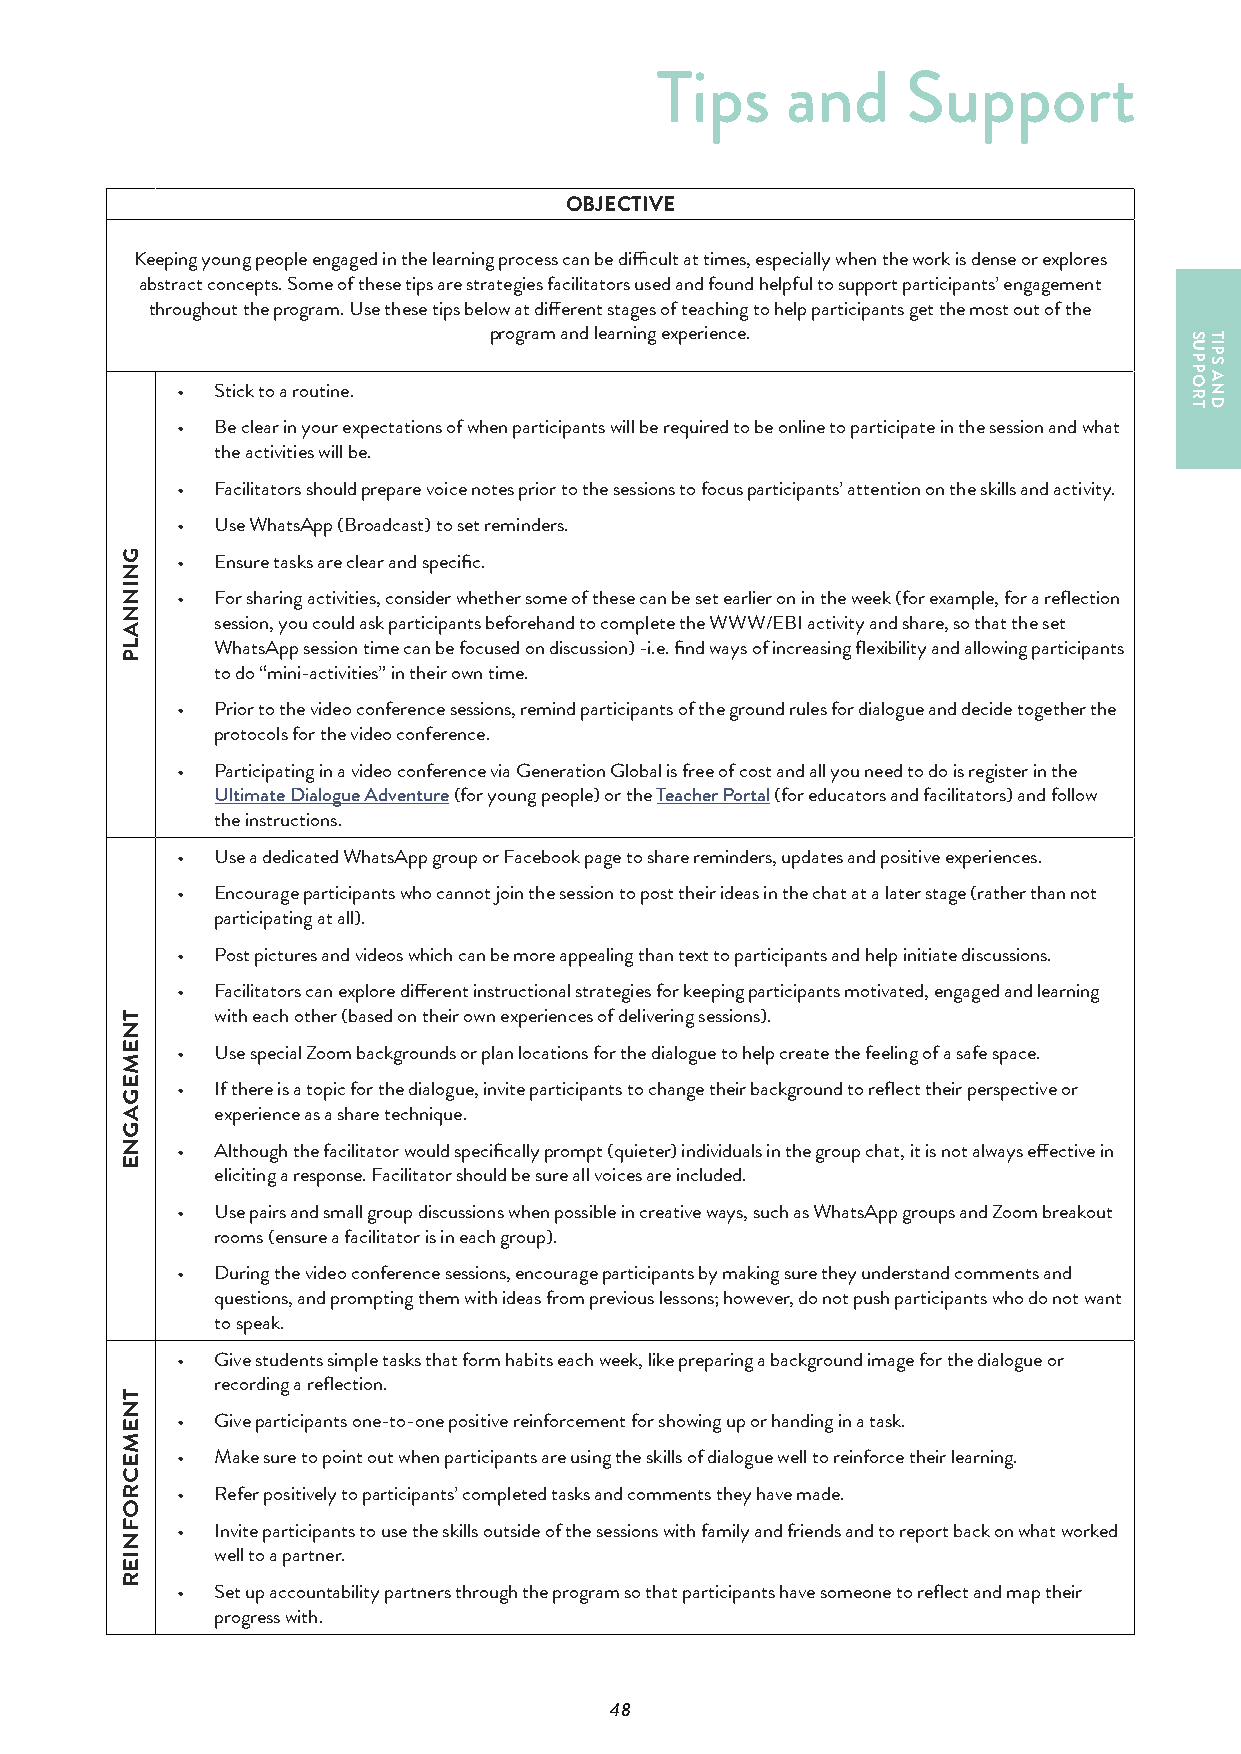
Tips     and     Support
 OBJECTIVE
 Keeping young people engaged in the learning process can be difficult at times, especially when the work is dense or explores
 abstract concepts. Some of these tips are strategies facilitators used and found helpful to support participants’ engagement
 throughout the program. Use these tips below at different stages of teaching to help participants get the most out of the
 program and learning experience.
 • Stick to a routine.
 • Be clear in your expectations of when participants will be required to be online to participate in the session and what
 the activities will be.
 • Facilitators should prepare voice notes prior to the sessions to focus participants’ attention on the skills and activity.
 • Use WhatsApp (Broadcast) to set reminders.
 • Ensure tasks are clear and specific.
 • For sharing activities, consider whether some of these can be set earlier on in the week (for example, for a reflection
 session, you could ask participants beforehand to complete the WWW/EBI activity and share, so that the set
 WhatsApp session time can be focused on discussion) -i.e. find ways of increasing flexibility and allowing participants
 to do “mini-activities” in their own time.
 • Prior to the video conference sessions, remind participants of the ground rules for dialogue and decide together the
 protocols for the video conference.
 • Participating in a video conference via Generation Global is free of cost and all you need to do is register in the
 Ultimate Dialogue Adventure (for young people) or the Teacher Portal (for educators and facilitators) and follow
 the instructions.
 • Use a dedicated WhatsApp group or Facebook page to share reminders, updates and positive experiences.
 • Encourage participants who cannot join the session to post their ideas in the chat at a later stage (rather than not
 participating at all).
 • Post pictures and videos which can be more appealing than text to participants and help initiate discussions.
 • Facilitators can explore different instructional strategies for keeping participants motivated, engaged and learning
 with each other (based on their own experiences of delivering sessions).
 • Use special Zoom backgrounds or plan locations for the dialogue to help create the feeling of a safe space.
 • If there is a topic for the dialogue, invite participants to change their background to reflect their perspective or
 experience as a share technique.
 • Although the facilitator would specifically prompt (quieter) individuals in the group chat, it is not always effective in
 eliciting a response. Facilitator should be sure all voices are included.
 • Use pairs and small group discussions when possible in creative ways, such as WhatsApp groups and Zoom breakout
 rooms (ensure a facilitator is in each group).
 • During the video conference sessions, encourage participants by making sure they understand comments and
 questions, and prompting them with ideas from previous lessons; however, do not push participants who do not want
 to speak.
 • Give students simple tasks that form habits each week, like preparing a background image for the dialogue or
 recording a reflection.
 • Give participants one-to-one positive reinforcement for showing up or handing in a task.
 • Make sure to point out when participants are using the skills of dialogue well to reinforce their learning.
 • Refer positively to participants’ completed tasks and comments they have made.
 • Invite participants to use the skills outside of the sessions with family and friends and to report back on what worked
 well to a partner.
 • Set up accountability partners through the program so that participants have someone to reflect and map their
 progress with.
 48
 GNINNALP
 TNEMEGAGNE
 TNEMECROFNIER
 SUPPORT TIPS
 AND